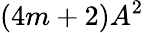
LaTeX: (4m+2)A^{2}